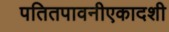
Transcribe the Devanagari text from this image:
पतितपावनीएकादशी